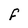
Character: F